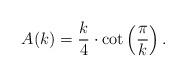
LaTeX: \begin{align*} A_{}(k)=\frac{k}{4}\cdot\cot\left(\frac{\pi}{k}\right).\end{align*}